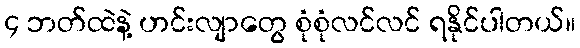
၄ ဘတ်ထဲနဲ့ ဟင်းလျာတွေ စုံစုံလင်လင် ရနိုင်ပါတယ်။